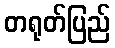
တရုတ်ပြည်